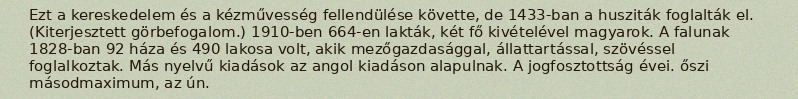
Ezt a kereskedelem és a kézművesség fellendülése követte, de 1433-ban a husziták foglalták el. (Kiterjesztett görbefogalom.) 1910-ben 664-en lakták, két fő kivételével magyarok. A falunak 1828-ban 92 háza és 490 lakosa volt, akik mezőgazdasággal, állattartással, szövéssel foglalkoztak. Más nyelvű kiadások az angol kiadáson alapulnak. A jogfosztottság évei. őszi másodmaximum, az ún.